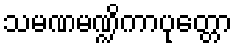
သမဏမဏ္ဍိကာပုတ္တော